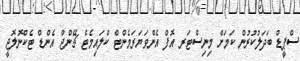
ސްޕީޑް ބަދަލުކުރުން ކަމަށް މިނިސްޓަރ އޮފް އެންވަޔަރަމެންޓް ކްލައިމެޓް ޗޭންޖް އެންޑް ޓެކްނޮލޮޖީ